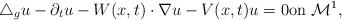
LaTeX: \begin{align*}\triangle_g u-\partial_t u-W(x,t)\cdot \nabla u -{V}(x, t) u=0 \mbox{on} \ \mathcal{M}^1, \end{align*}